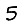
Digit: 5